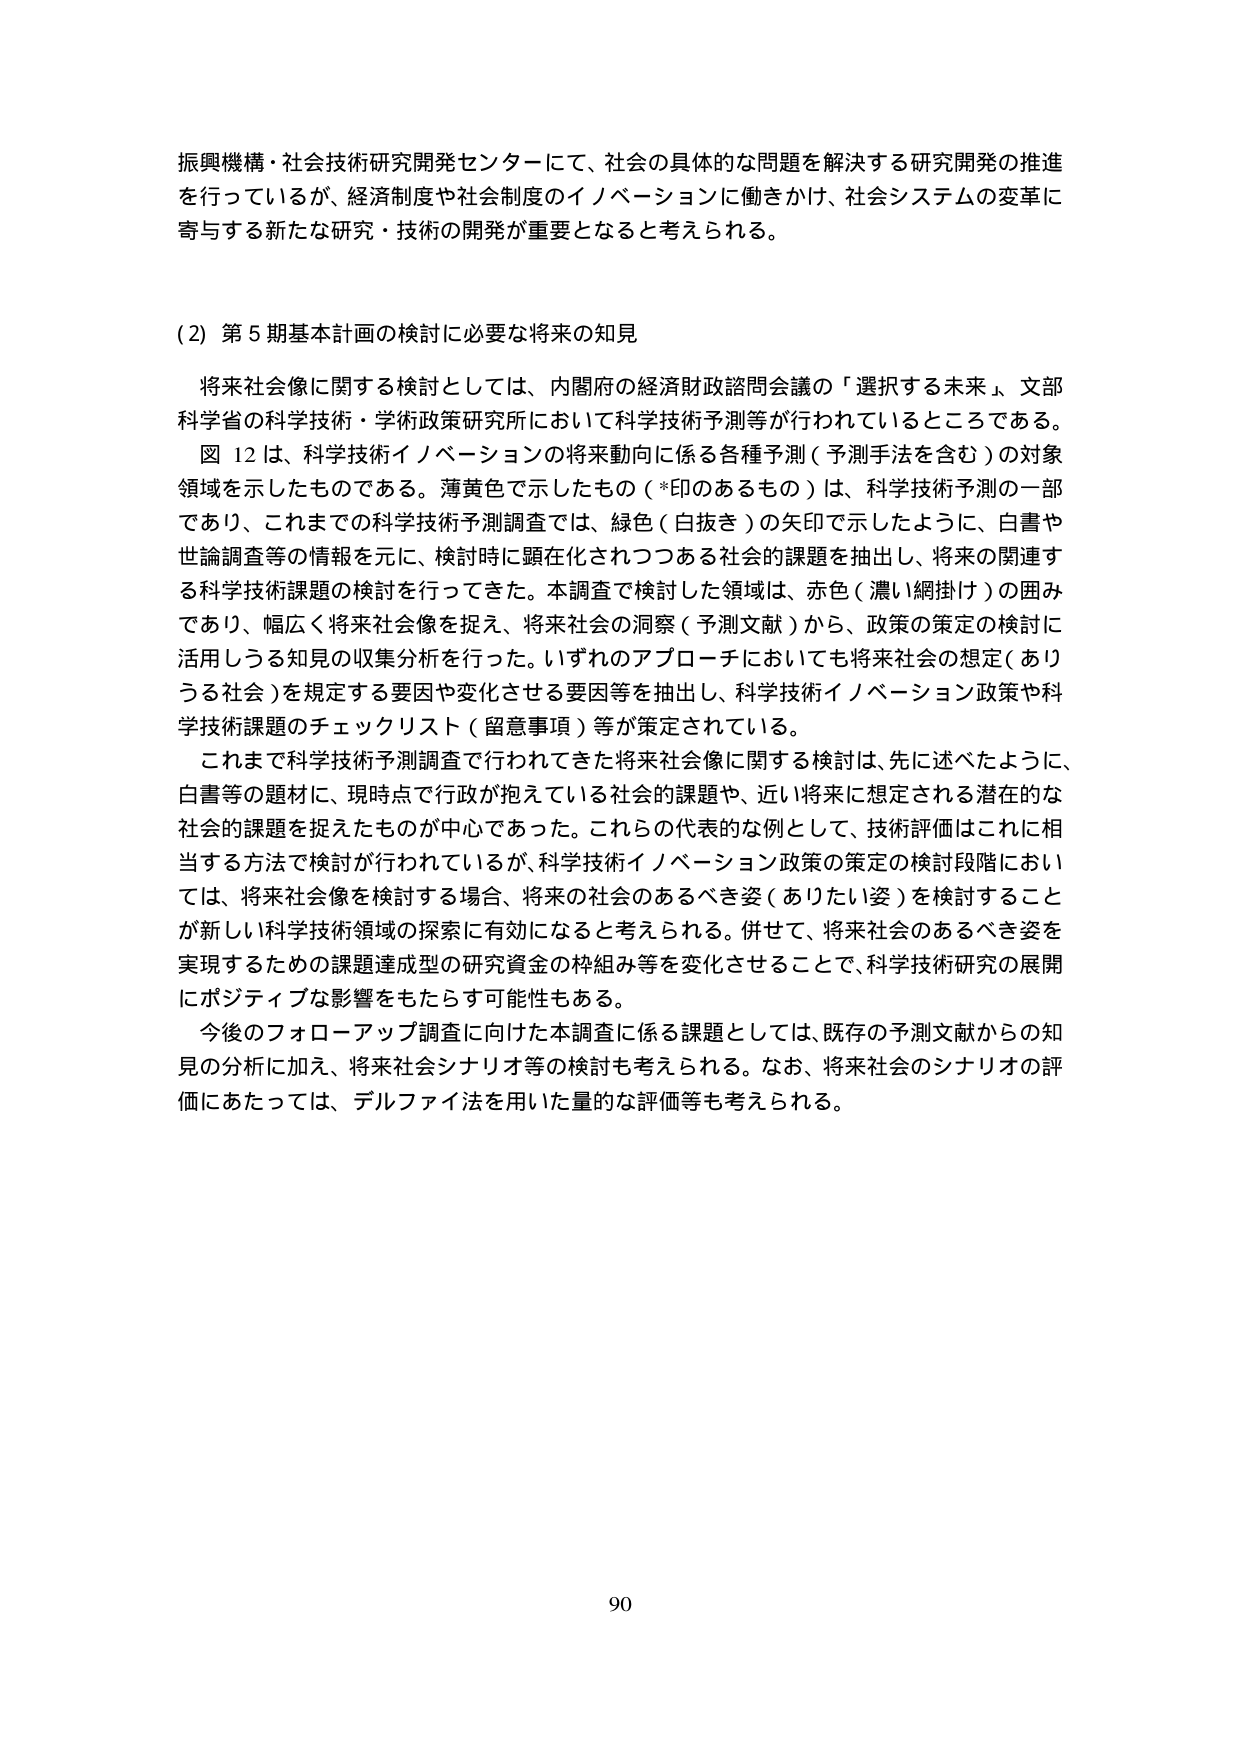
振興機構・社会技術研究開発センターにて、社会の具体的な問題を解決する研究開発の推進を行っているが、経済制度や社会制度のイノベーションに働きかけ、社会システムの変革に寄与する新たな研究・技術の開発が重要となると考えられる。

(2) 第5期基本計画の検討に必要な将来の知見

将来社会像に関する検討としては、内閣府の経済財政諮問会議の「選択する未来」、文部科学省の科学技術・学術政策研究所において科学技術予測等が行われているところである。図12は、科学技術イノベーションの将来動向に係る各種予測（予測手法を含む）の対象領域を示したものである。薄黄色で示したもの（*印のあるもの）は、科学技術予測の一部であり、これまでの科学技術予測調査では、緑色（白抜き）の矢印で示したように、白書や世論調査等の情報を元に、検討時に顕在化されつつある社会的課題を抽出し、将来の関連する科学技術課題の検討を行ってきた。本調査で検討した領域は、赤色（濃い網掛け）の囲みであり、幅広く将来社会像を捉え、将来社会の洞察（予測文献）から、政策の策定の検討に活用しうる知見の収集分析を行った。いずれのアプローチにおいても将来社会の想定（ありうる社会）を規定する要因や変化させる要因等を抽出し、科学技術イノベーション政策や科学技術課題のチェックリスト（留意事項）等が策定されている。

これまで科学技術予測調査で行われてきた将来社会像に関する検討は、先に述べたように、白書等の題材に、現時点で行政が抱えている社会的課題や、近い将来に想定される潜在的な社会的課題を捉えたものが中心であった。これらの代表的な例として、技術評価はこれに相当する方法で検討が行われているが、科学技術イノベーション政策の策定の検討段階においては、将来社会像を検討する場合、将来の社会のあるべき姿（ありたい姿）を検討することが新しい科学技術領域の探索に有効になると考えられる。併せて、将来社会のあるべき姿を実現するための課題達成型の研究資金の枠組み等を変化させることで、科学技術研究の展開にポジティブな影響をもたらす可能性もある。

今後のフォローアップ調査に向けた本調査に係る課題としては、既存の予測文献からの知見の分析に加え、将来社会シナリオ等の検討も考えられる。なお、将来社会のシナリオの評価にあたっては、デルファイ法を用いた量的な評価等も考えられる。

90